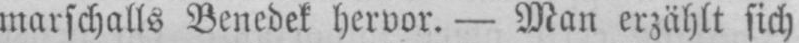
marschalls Benedek hervor - Man erzählt sich